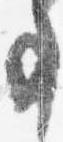
事